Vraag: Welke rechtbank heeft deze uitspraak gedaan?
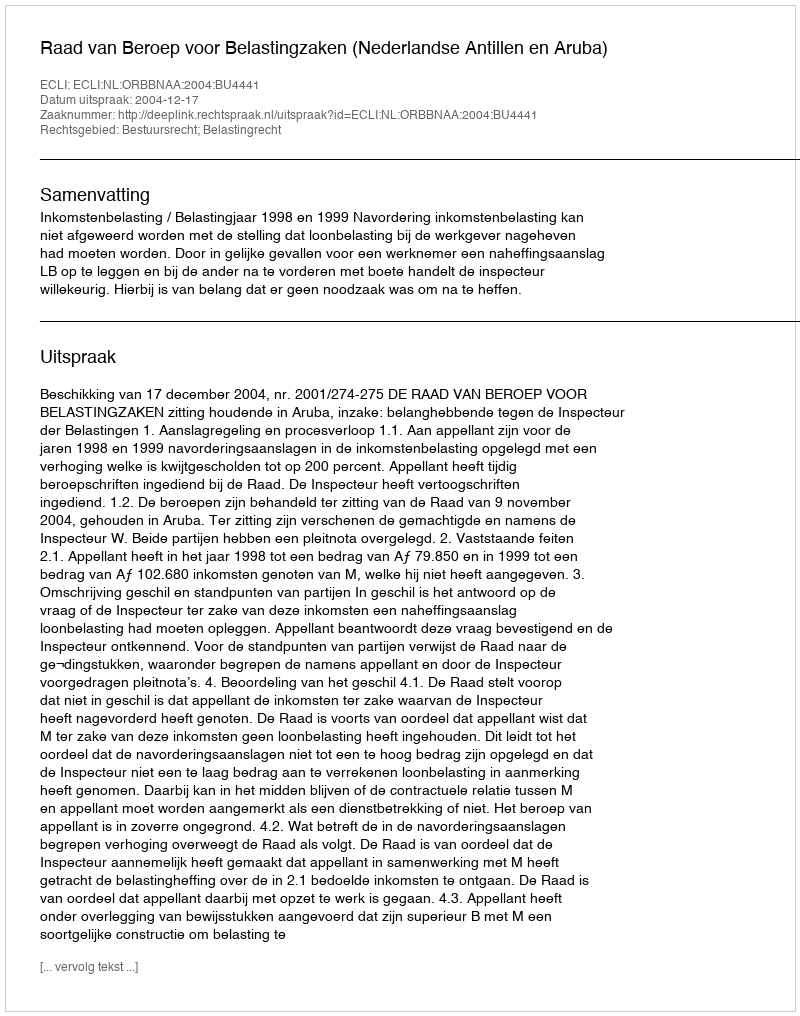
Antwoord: Raad van Beroep voor Belastingzaken (Nederlandse Antillen en Aruba)